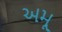
અમૂ